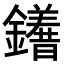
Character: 𨯆